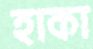
হাকা